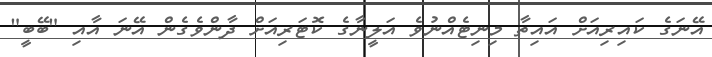
އޭނަގެ ކައިރިއަށް އައިތާ މިނިޓެއްނުވެ އަލީނާގެ ކޮޓަރިއަށް ދާންވެގެން އޭނަ އާއި "ބޭބީ"